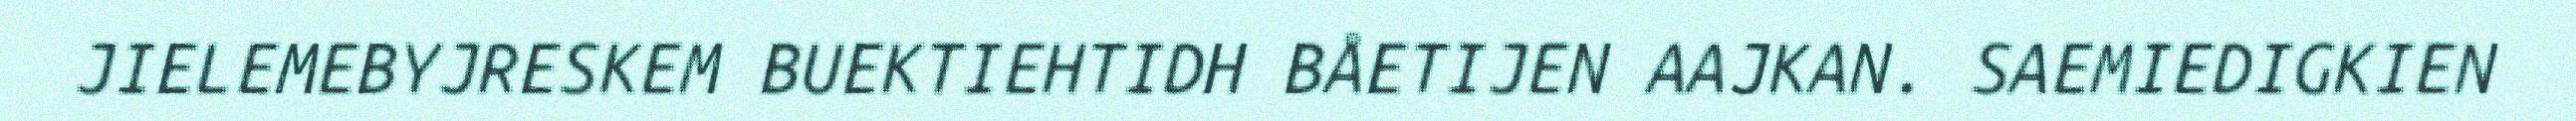
JIELEMEBYJRESKEM BUEKTIEHTIDH BÅETIJEN AAJKAN. SAEMIEDIGKIEN